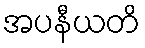
အပနီယတိ